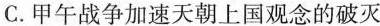
C.甲午战争加速天朝上国观念的破灭